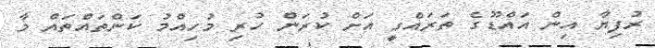
ރުފިޔާ އިން އައްޑޫގެ ތަރައްގީ އަށް ކުރަން ހުރި މުހިއްމު ކަންތައްތައް މާ